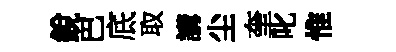
銳巴底取講尘奎叱惟